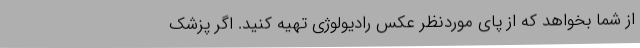
از شما بخواهد که از پای موردنظر عکس رادیولوژی تهیه کنید. اگر پزشک